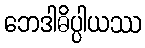
ဘေဒါဓိပ္ပါယဿ